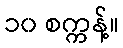
၁၀ စက္ကန့်။